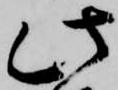
此